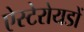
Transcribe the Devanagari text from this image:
ऐस्टेरोयडों